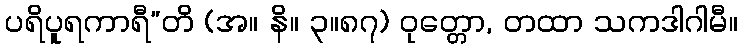
ပရိပူရကာရီ”တိ (အ။ နိ။ ၃။၈၇) ဝုတ္တော, တထာ သကဒါဂါမီ။